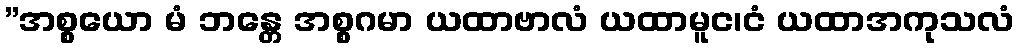
”အစ္စယော မံ ဘန္တေ အစ္စဂမာ ယထာဗာလံ ယထာမူင၊ငံ ယထာအကုသလံ